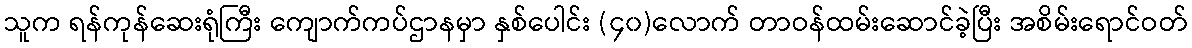
သူက ရန်ကုန်ဆေးရုံကြီး ကျောက်ကပ်ဌာနမှာ နှစ်ပေါင်း (၄၀)လောက် တာဝန်ထမ်းဆောင်ခဲ့ပြီး အစိမ်းရောင်ဝတ်